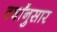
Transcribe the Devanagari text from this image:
वर्षांनुसार